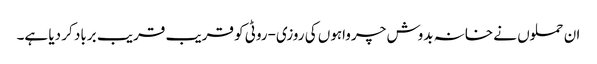
ان حملوں نے خانہ بدوش چرواہوں کی روزی-روٹی کو قریب قریب برباد کر دیا ہے۔